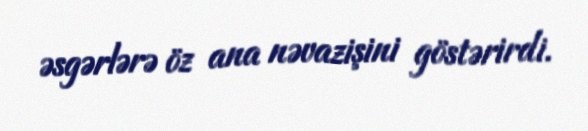
əsgərlərə öz ana nəvazişini göstərirdi.